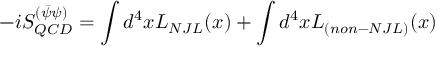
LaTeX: - i S _ { Q C D } ^ { ( \bar { \psi } \psi ) } = \int d ^ { 4 } x { \cal L } _ { N J L } ( x ) + \int d ^ { 4 } x { \cal L } _ { ( n o n - N J L ) } ( x )